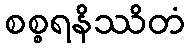
စစ္စရနိဿိတံ